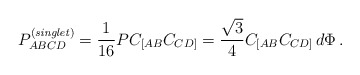
\begin{align*} P_{ABCD}^{\left({\it singlet}\right)} = \frac{1}{16}P C_{[AB} C_{CD]}= \frac{\sqrt{3}}{ 4}C_{[AB} C_{CD]}\, d\Phi\, .\end{align*}